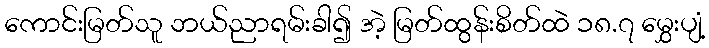
ကောင်းမြတ်သူ ဘယ်ညာရမ်းခါ၍ အဲ့ မြတ်ထွန်းစိတ်ထဲ ၁၈.၇ မွှေးပျံ့